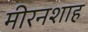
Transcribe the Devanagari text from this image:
मीरनशाह